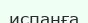
испанға